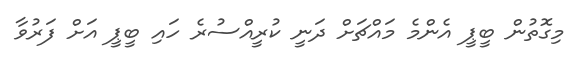
މިގޮތުން ބީޕީ އެންމެ މައްޗަށް ދަނީ ކުރީއްސުރެ ހައި ބީޕީ އަށް ފަރުވާ